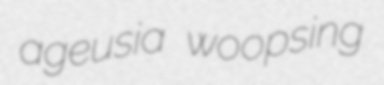
ageusia woopsing